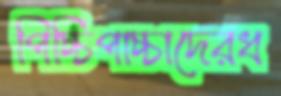
পিচ্চিপাচ্চাদেরধ